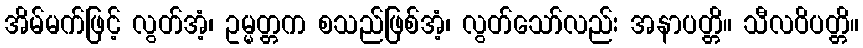
အိမ်မက်ဖြင့် လွတ်အံ့၊ ဥမ္မတ္တက စသည်ဖြစ်အံ့၊ လွတ်သော်လည်း အနာပတ္တိ။ သီလဝိပတ္တိ။